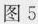
图5